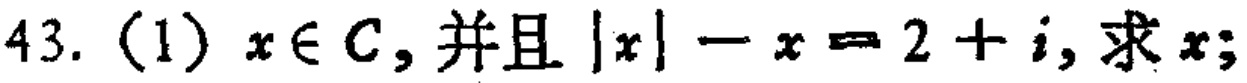
43. (1) $x\in\mathbb{C}$, 并且 $|x|-x = 2 + i$, 求 $x$;